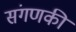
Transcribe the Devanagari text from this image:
संगणकी